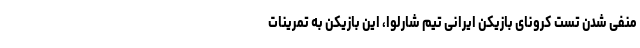
منفی شدن تست کرونای بازیکن ایرانی تیم شارلوا، این بازیکن به تمرینات